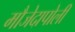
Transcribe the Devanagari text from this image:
मौजेदापोली